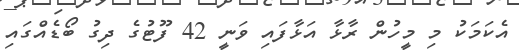
އެކަމަކު މި މީހުން ރާޅާ އަޅާފައި ވަނީ 42 ފޫޓުގެ ދިގު ބޯޑެއްގައި